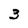
Character: 3